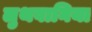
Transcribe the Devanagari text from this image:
लुथवानिया